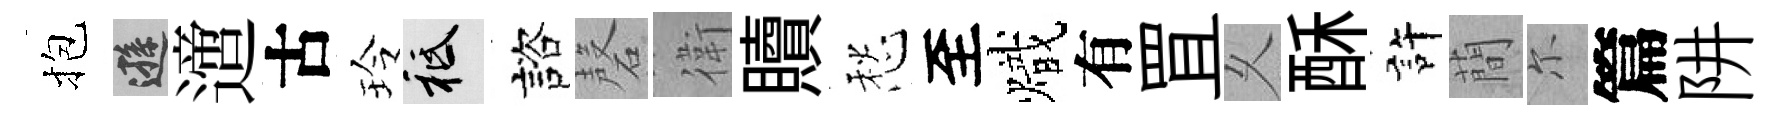
抱遜𨗁古玲祇諮磬衛贖愁至熾有罝乆酥許蕳尓篇阱